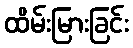
ထိမ်းမြားခြင်း